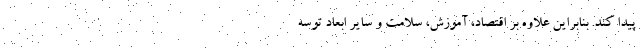
پیدا کند. بنابراین علاوه بر اقتصاد، آموزش، سلامت و سایر ابعاد توسه